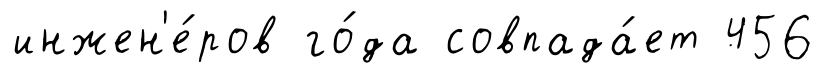
инжен'е́ров го́да совпада́ет 456